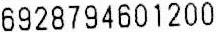
6928794601200